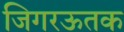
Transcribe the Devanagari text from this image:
जिगरऊतक